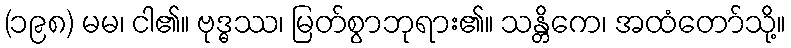
(၁၉၈) မမ၊ ငါ၏။ ဗုဒ္ဓဿ၊ မြတ်စွာဘုရား၏။ သန္တိကေ၊ အထံတော်သို့။